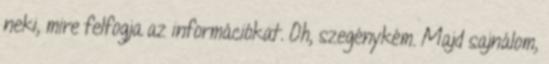
neki, mire felfogja az információkat. Oh, szegénykém. Majd sajnálom,